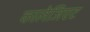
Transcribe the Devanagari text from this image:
कालेजिएट